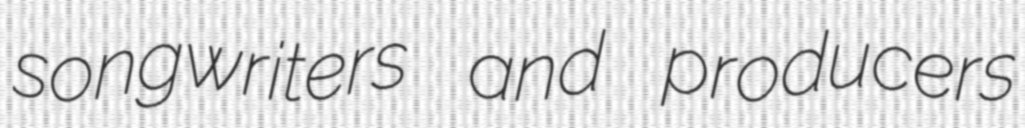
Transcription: songwriters and producers